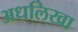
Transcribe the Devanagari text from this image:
अधलिखा